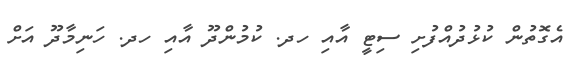
އެގޮތުން ކުޅުދުއްފުށި ސިޓީ އާއި ހދ. ކުމުންދޫ އާއި ހދ. ހަނިމާދޫ އަށް